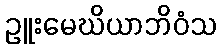
ဥူးမေဃိယာဘိဝံသ